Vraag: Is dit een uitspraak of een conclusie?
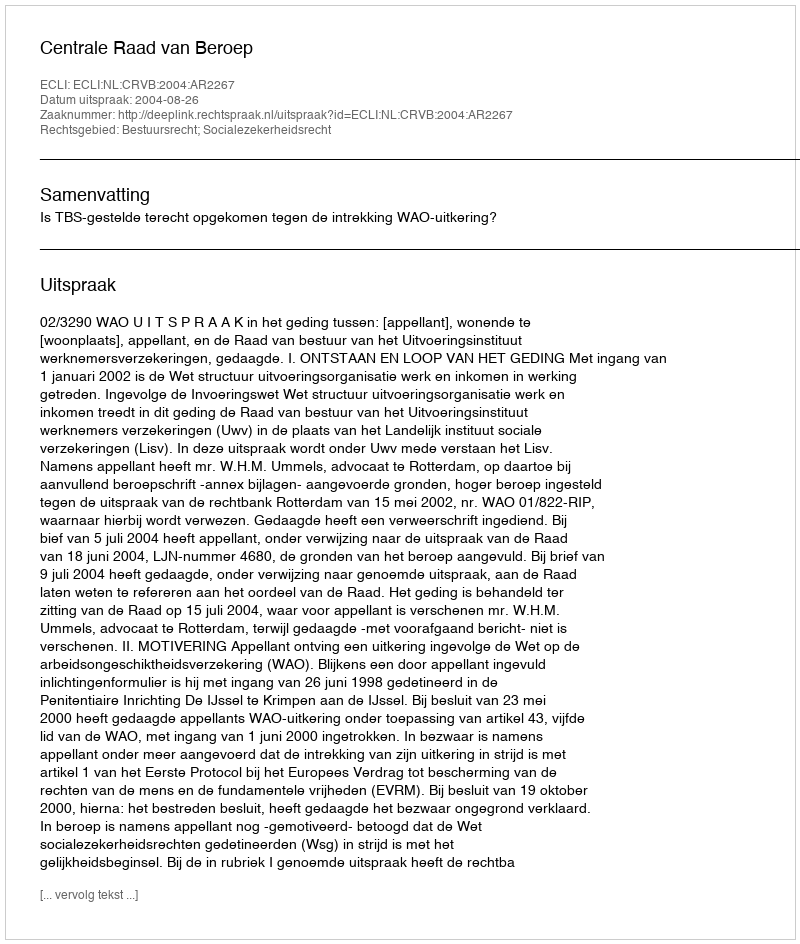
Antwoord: Uitspraak